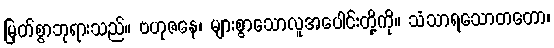
မြတ်စွာဘုရားသည်။ ဗဟုဇနေ၊ များစွာသောလူအပေါင်းတို့ကို။ သံသာရသောတတော၊